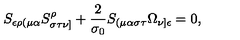
S _ { \epsilon \rho ( \mu \alpha } S _ { \sigma \tau \nu ] } ^ { \rho } + \frac { 2 } { \sigma _ { 0 } } S _ { ( \mu \alpha \sigma \tau } \Omega _ { \nu ] \epsilon } = 0 ,